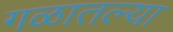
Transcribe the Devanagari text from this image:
गळातल्या